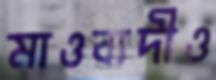
মাওবাদীও